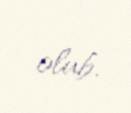
olub.